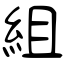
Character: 組